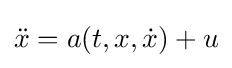
{\ddot {x}}=a(t,x,{\dot {x}})+u